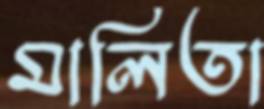
মালিতা